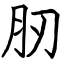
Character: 肕